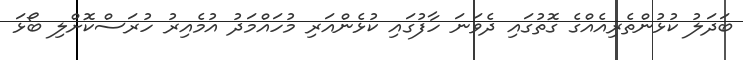
ބަދަލު ކުޅުންތެރިއެއްގެ ގޮތުގައި ދެވަނަ ހާފުގައި ކުޅެންއަރި މުހައްމަދު އުމެއިރު ހުރަސްކޮށްލި ބޯޅަ